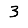
Digit: 3